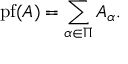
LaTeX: \operatorname { p f } ( A ) = \sum _ { \alpha \in \Pi } A _ { \alpha } .